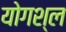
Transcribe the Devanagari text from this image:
योगश्ल